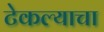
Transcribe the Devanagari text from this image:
टेकल्याचा